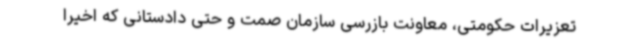
تعزیرات حکومتی، معاونت بازرسی سازمان صمت و حتی دادستانی که اخیراً